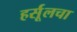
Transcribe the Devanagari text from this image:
हर्सूलचा